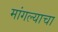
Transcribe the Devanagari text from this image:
मांगल्याचा